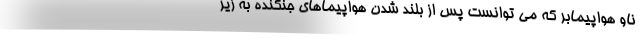
ناو هواپیمابر که می توانست پس از بلند شدن هواپیماهای جنگنده به زیر